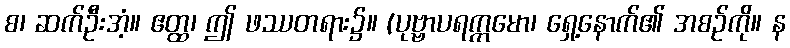
စ၊ ဆက်ဦးအံ့။ ဧတ္ထ၊ ဤ ဖဿတရား၌။ (ပုဗ္ဗာပရက္ကမော၊ ရှေ့နောက်၏ အစဉ်ကို။ န